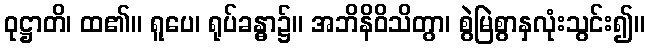
ဝုဋ္ဌာတိ၊ ထ၏။ ရူပေ၊ ရုပ်ခန္ဓာ၌။ အဘိနိဝိသိတွာ၊ စွဲမြဲစွာနှလုံးသွင်း၍။